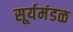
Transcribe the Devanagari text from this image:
सूर्यमंडळ